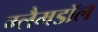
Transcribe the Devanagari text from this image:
ग्लैमडॉल